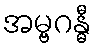
အမ္ဗဂန္ဓီ